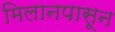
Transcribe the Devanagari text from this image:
मिलानपासून